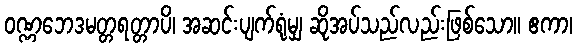
ဝဏ္ဏဘေဒမတ္တရတ္တာပိ၊ အဆင်းပျက်ရုံမျှ ဆိုအပ်သည်လည်းဖြစ်သော။ ဧကာ၊